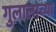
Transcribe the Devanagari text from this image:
गुलालाच्या